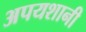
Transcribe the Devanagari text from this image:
अपयशानी